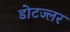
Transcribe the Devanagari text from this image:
डोटज्लर